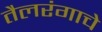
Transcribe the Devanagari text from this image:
तैलरंगाचे